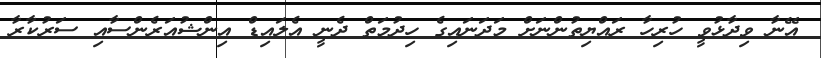
އޭނާ ވިދާޅުވީ ހުރިހާ ރައްޔިތުންނަށް މަދަނައިގެ ހިދުމަތް ދެނީ އެލައިޑް އިންޝުއަރެންސާއި ސަރުކާރާ